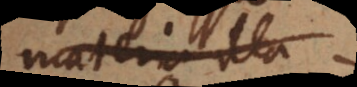
materia illa.